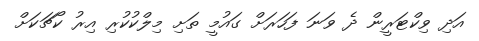
އަދި ވިކްޓަރީން ދެ ވަނަ ފަހަރަށް ގައުމީ ތަށި މިލްކުކުރި އިރު ކޯޗަކަށް